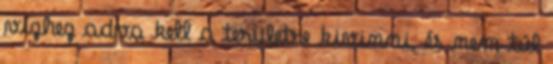
vízhez adva kell a területre kivinni, és nem túl